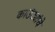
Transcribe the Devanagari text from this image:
काउंट्यांचे